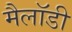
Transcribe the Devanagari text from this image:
मैलॉडी